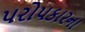
પરોપકારના